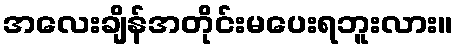
အလေးချိန်အတိုင်းမပေးရဘူးလား။